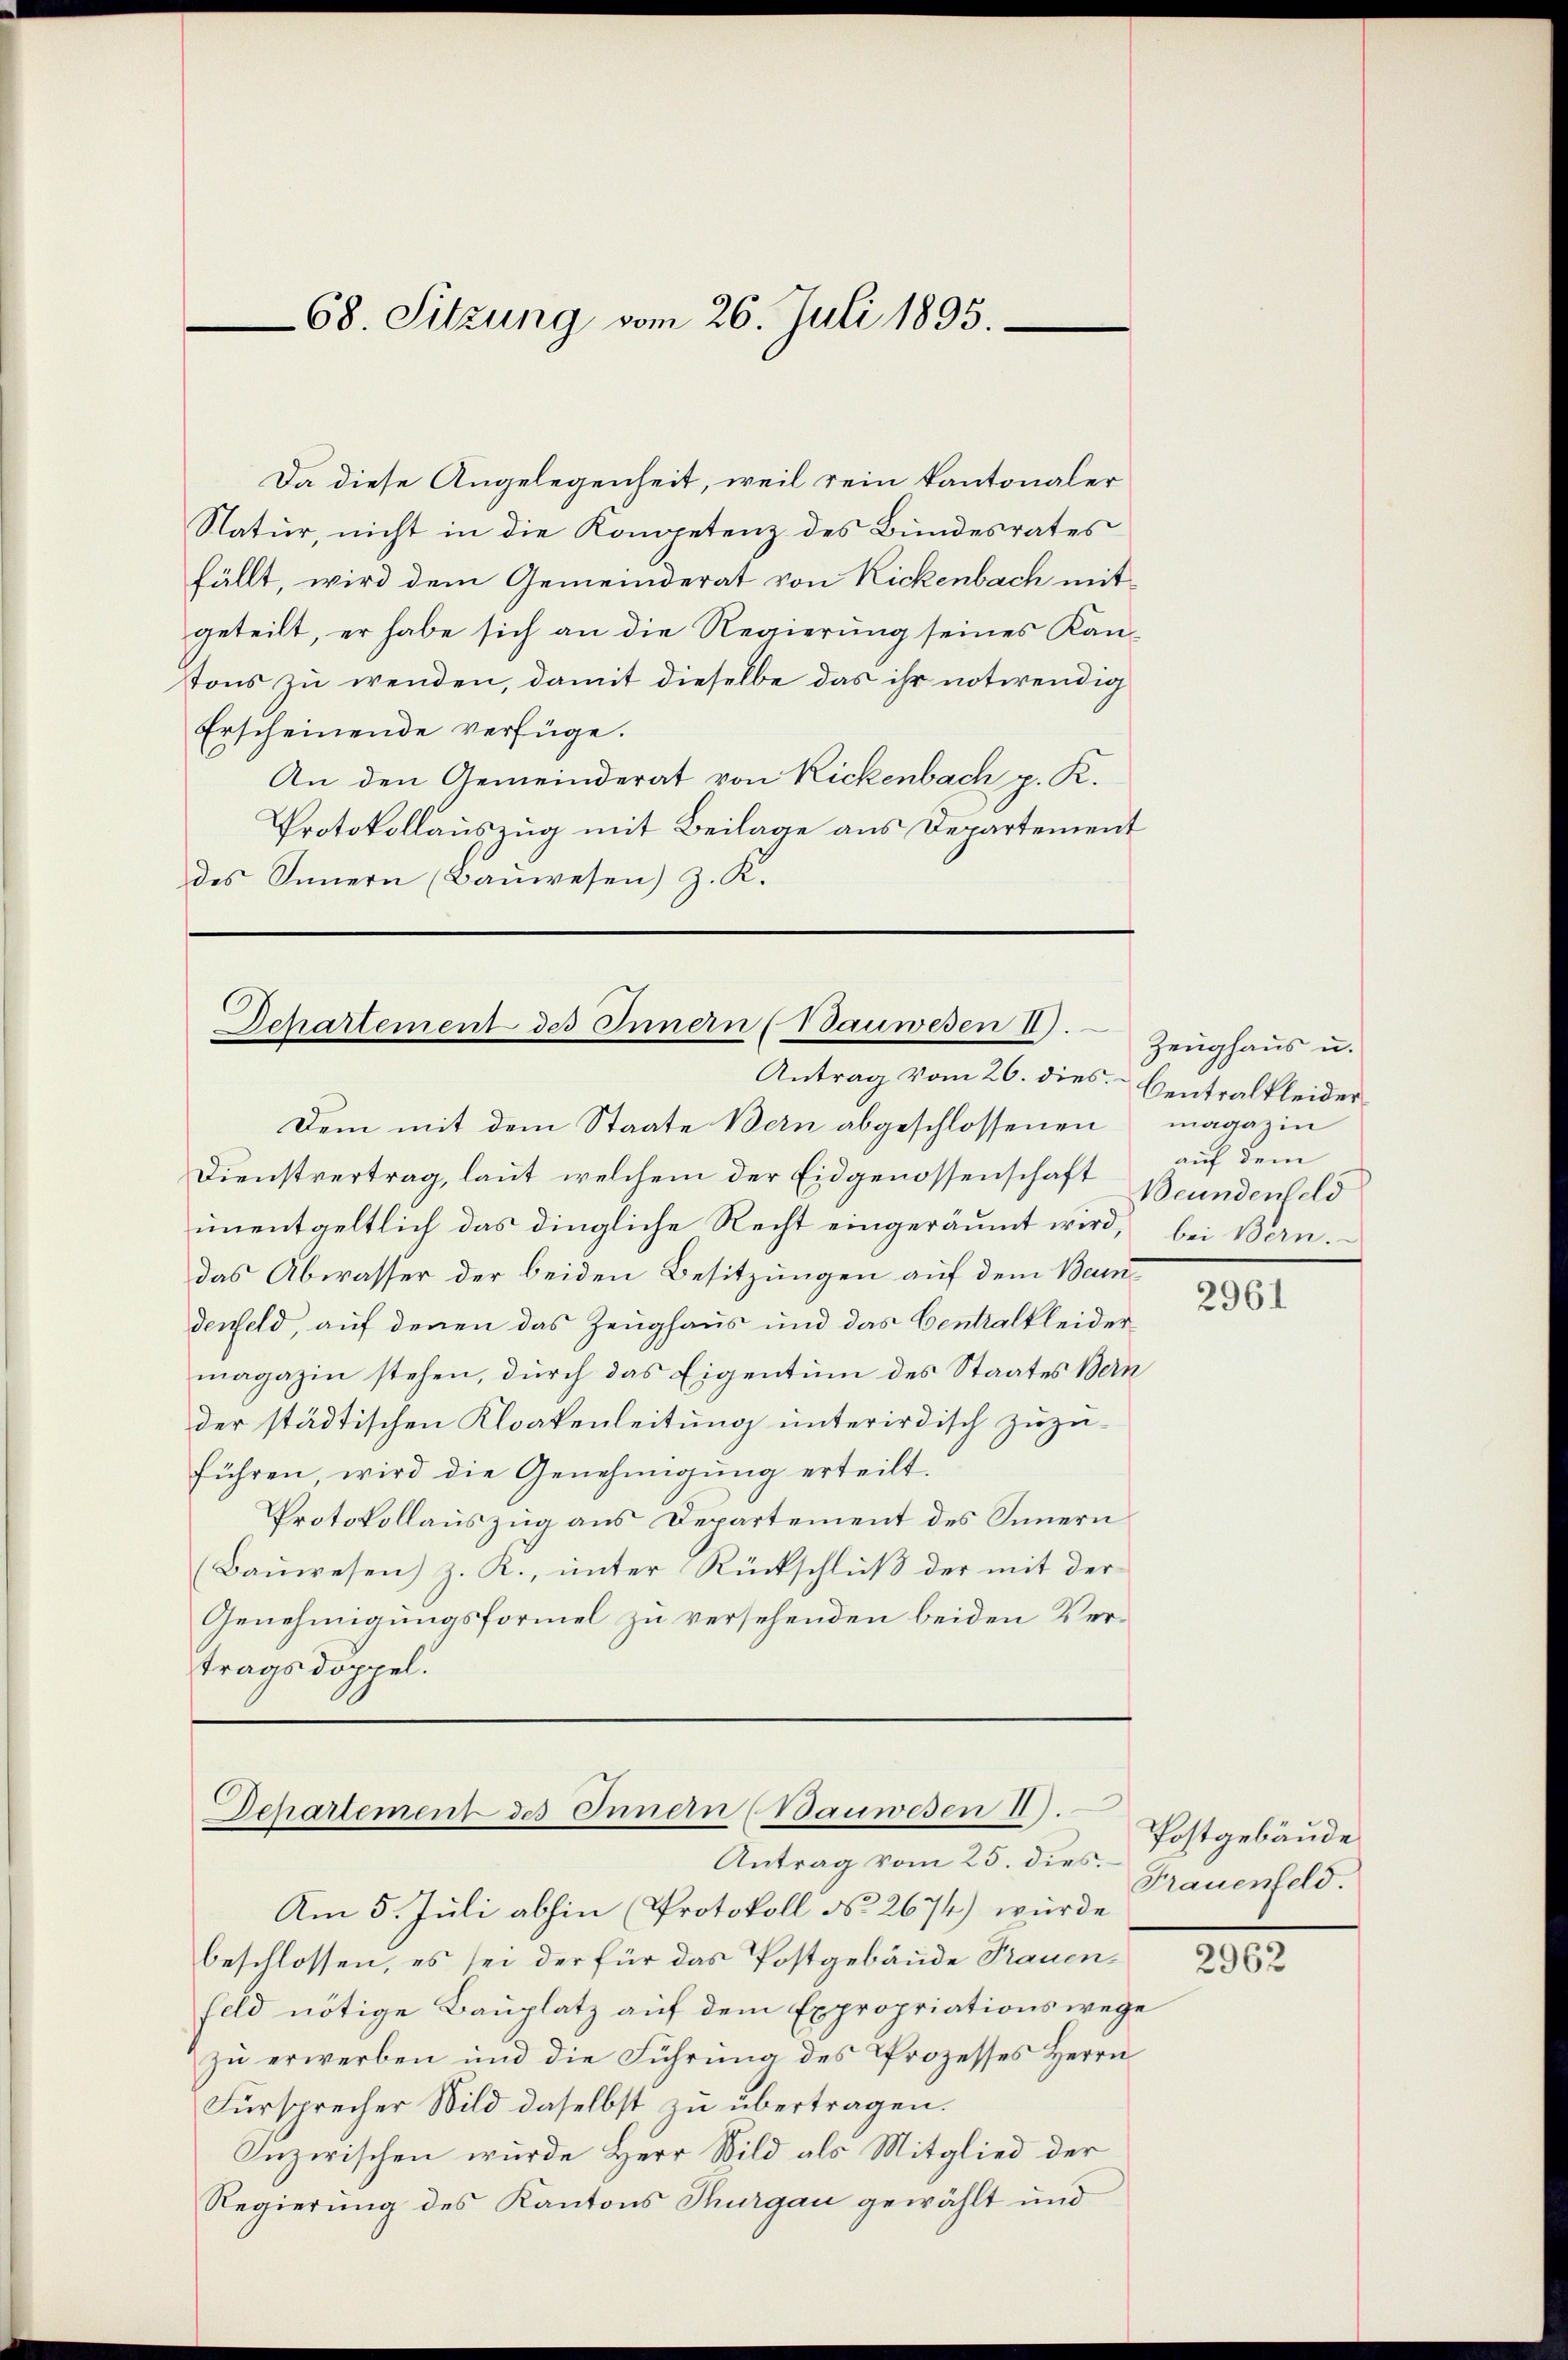
68. Sitzung vom 26. Juli 1895.

Da diese Angelegenheit, weil rein kantonaler
Natur, nicht in die Kompetenz des Bundesrates
fällt, wird dem Gemeinderat von Rickenbach mit
geteilt, er habe sich an die Regierung seines Kantons zu wenden, damit dieselbe das ihr notwendig
Erscheinende verfüge.
An den Gemeinderat von Rickenbach p. K.
Protokollauszug mit Beilage aus Departement
des Innern (Baŭwesen) z. K.

Departement des Innern (Tauwesen II.
Antrag vom 26. dies

Zeughaus u.
Centralkleider
magazin
auf dem
Beundenfeld
bei Bern.

Dem mit dem Staate Bern abgeschlossenen
Dienstvertrag, laut welchem der Eidgenossenschaft
unentgeltlich das dingliche Recht eingeräumt wird,
das Abwasser der beiden Besitzungen auf dem Bendenfeld, auf denen das Zeughaus und das Centralkleidermagazin stehen, durch das Eigentum des Staates Bern
der städtischen Kloakenleitung unterirdisch zuzu-
führen, wird die Genehmigung erteilt.
Protokollauszug aus Departement des Innern
(Baŭwesen) z. R., ŭnter Rückschlŭβ der mit der
Genehmigungsformel zu versehenden beiden Vertragsdoppel.

s
2961

Departement des Innern (Bauwesen II).
Antrag vom 25. dies

Postgebäude
Frauenfeld.

Am 5. Juli abhin (Protokoll No 2674) wurde
beschlossen, es sei der für das Postgebäude Frauenfeld nötige Bauplatz auf dem Expropriationswege
zu erwerben und die Führung des Prozesses Herrn
Fürsprecher Wild daselbst zu übertragen.
Inzwischen wurde Herr Bild als Mitglied der
Regierung des Kantons Thurgau gewählt und

2962